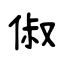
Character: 俶